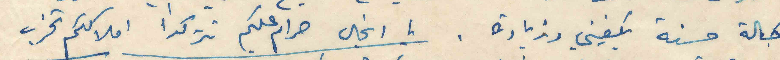
بحالة حسنة يكفيني وزيادة . يا انجال حرام عليكم تتركوا املاككم تخرب